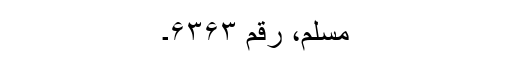
مسلم، رقم ۶۳۶۳۔